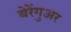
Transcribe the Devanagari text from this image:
बेरेंगुअर